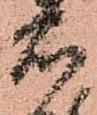
右